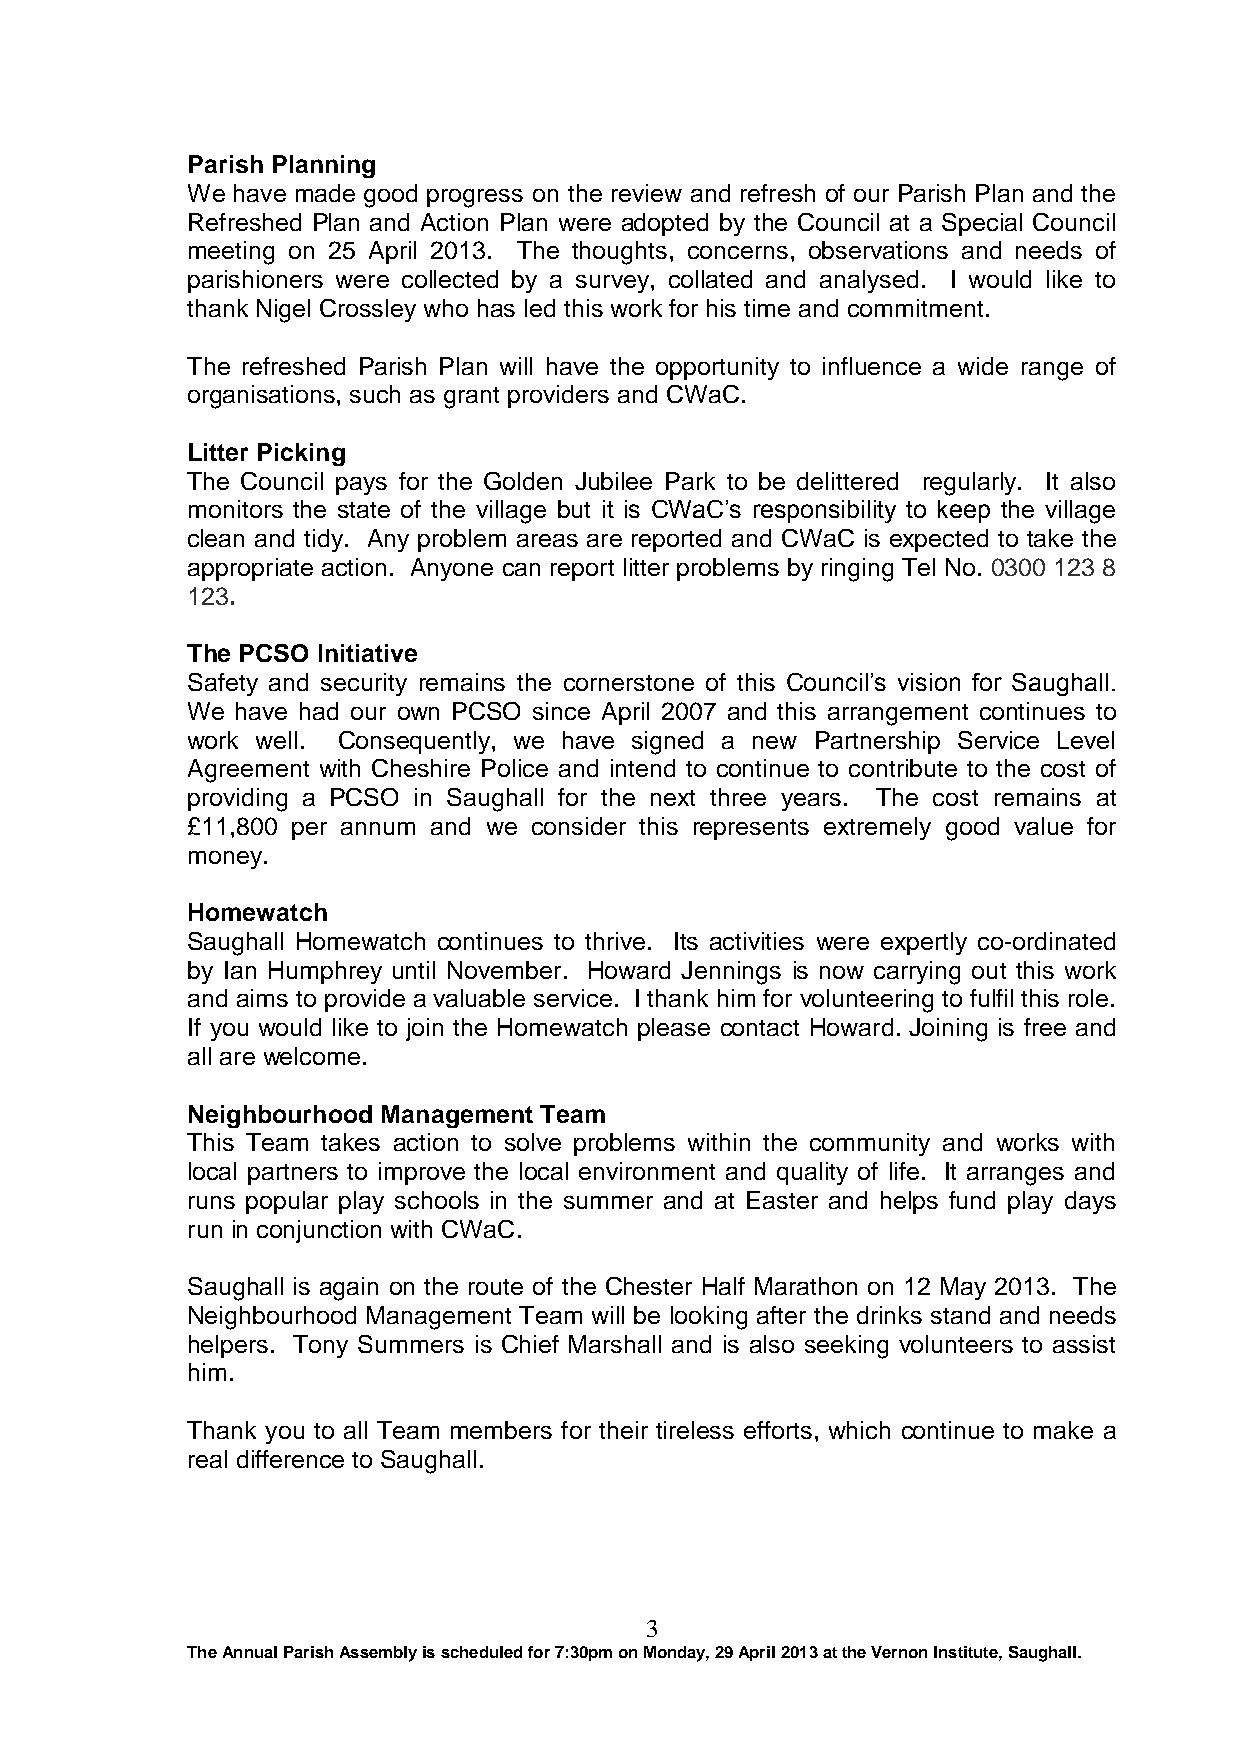
Parish Planning
 We have made good progress on the review and refresh of our Parish Plan and the
 Refreshed Plan and Action Plan were adopted by the Council at a Special Council
 meeting on 25 April 2013. The thoughts, concerns, observations and needs of
 parishioners were collected by a survey, collated and analysed. I would like to
 thank Nigel Crossley who has led this work for his time and commitment.
 The refreshed Parish Plan will have the opportunity to influence a wide range of
 organisations, such as grant providers and CWaC.
 Litter Picking
 The Council pays for the Golden Jubilee Park to be delittered regularly. It also
 monitors the state of the village but it is CWaC’s responsibility to keep the village
 clean and tidy. Any problem areas are reported and CWaC is expected to take the
 appropriate action. Anyone can report litter problems by ringing Tel No. 0300 123 8
 123.
 The PCSO Initiative
 Safety and security remains the cornerstone of this Council’s vision for Saughall.
 We  have had our own PCSO since April 2007 and this arrangement continues to
 work well. Consequently, we have signed a new Partnership Service Level
 Agreement with Cheshire Police and intend to continue to contribute to the cost of
 providing a PCSO in Saughall for the next three years. The cost remains at
 £11,800 per annum and we consider this represents extremely good value for
 money.
 Homewatch
 Saughall Homewatch continues to thrive. Its activities were expertly co-ordinated
 by Ian Humphrey until November. Howard Jennings is now carrying out this work
 and aims to provide a valuable service. I thank him for volunteering to fulfil this role.
 If you would like to join the Homewatch please contact Howard. Joining is free and
 all are welcome.
 Neighbourhood Management Team
 This Team takes action to solve problems within the community and works with
 local partners to improve the local environment and quality of life. It arranges and
 runs popular play schools in the summer and at Easter and helps fund play days
 run in conjunction with CWaC.
 Saughall is again on the route of the Chester Half Marathon on 12 May 2013. The
 Neighbourhood Management Team will be looking after the drinks stand and needs
 helpers. Tony Summers is Chief Marshall and is also seeking volunteers to assist
 him.
 Thank you to all Team members for their tireless efforts, which continue to make a
 real difference to Saughall.
 3
 The Annual Parish Assembly is scheduled for 7:30pm on Monday, 29 April 2013 at the Vernon Institute, Saughall.